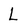
Character: L